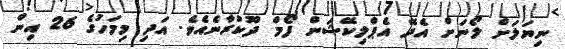
ނިޔަލަށް ލޯނަށް އެދޭ އެޕްލިކޭޝަން ފޯމް ދޫކުރާނެއެވެ. އަދި މިމަހުގެ 26 އިން